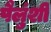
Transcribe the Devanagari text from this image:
पैलुंशी